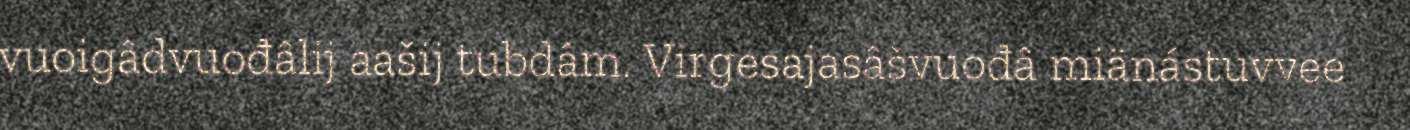
vuoigâdvuođâlij aašij tubdâm. Virgesajasâšvuođâ miänástuvvee